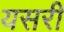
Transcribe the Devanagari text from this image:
यसरी